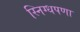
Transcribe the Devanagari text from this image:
स्निग्धपणा